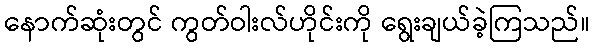
နောက်ဆုံးတွင် ကွတ်ဝါးလ်ဟိုင်းကို ရွေးချယ်ခဲ့ကြသည်။